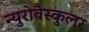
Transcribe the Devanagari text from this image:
न्युरोवैस्कुलर